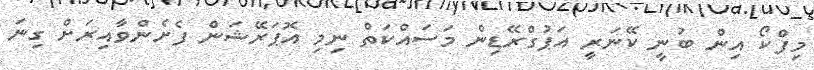
މިފްކޯ އިން ބުނީ ކޭނަރީ އަޕުގްރޭޑިން މަސައްކަތް ނިމި އޮޕަރޭޝަން ފެށެންވާއިރަށް ގިނަ